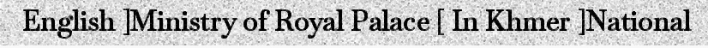
English ]Ministry of Royal Palace [ In Khmer ]National